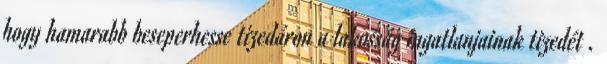
hogy hamarabb beseperhesse tizedáron a lakosság ingatlanjainak tizedét .